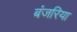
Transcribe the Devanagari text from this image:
बंजरिया